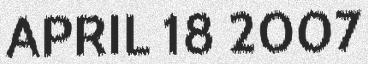
APRIL 18 2007